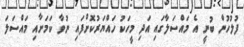
ފުލުހުން ބުނީ އެ މައްސަލާގައި އަދި މީހަކު ހައްޔަރުކޮށްފައި ނުވާ ކަމަށާއި މައްސަލަ